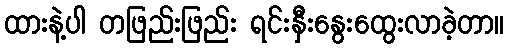
ထားနဲ့ပါ တဖြည်းဖြည်း ရင်းနှီးနွေးထွေးလာခဲ့တာ။